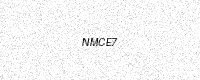
Text: NMCE7